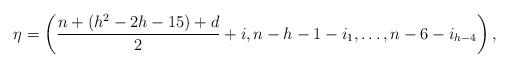
LaTeX: \begin{align*}\eta=\left(\frac{n+\left(h^2-2h-15\right)+d}{2}+i,n-h-1-i_1,\dots,n-6-i_{h-4}\right),\end{align*}